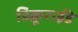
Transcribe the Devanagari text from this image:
डिक्रूराईडे